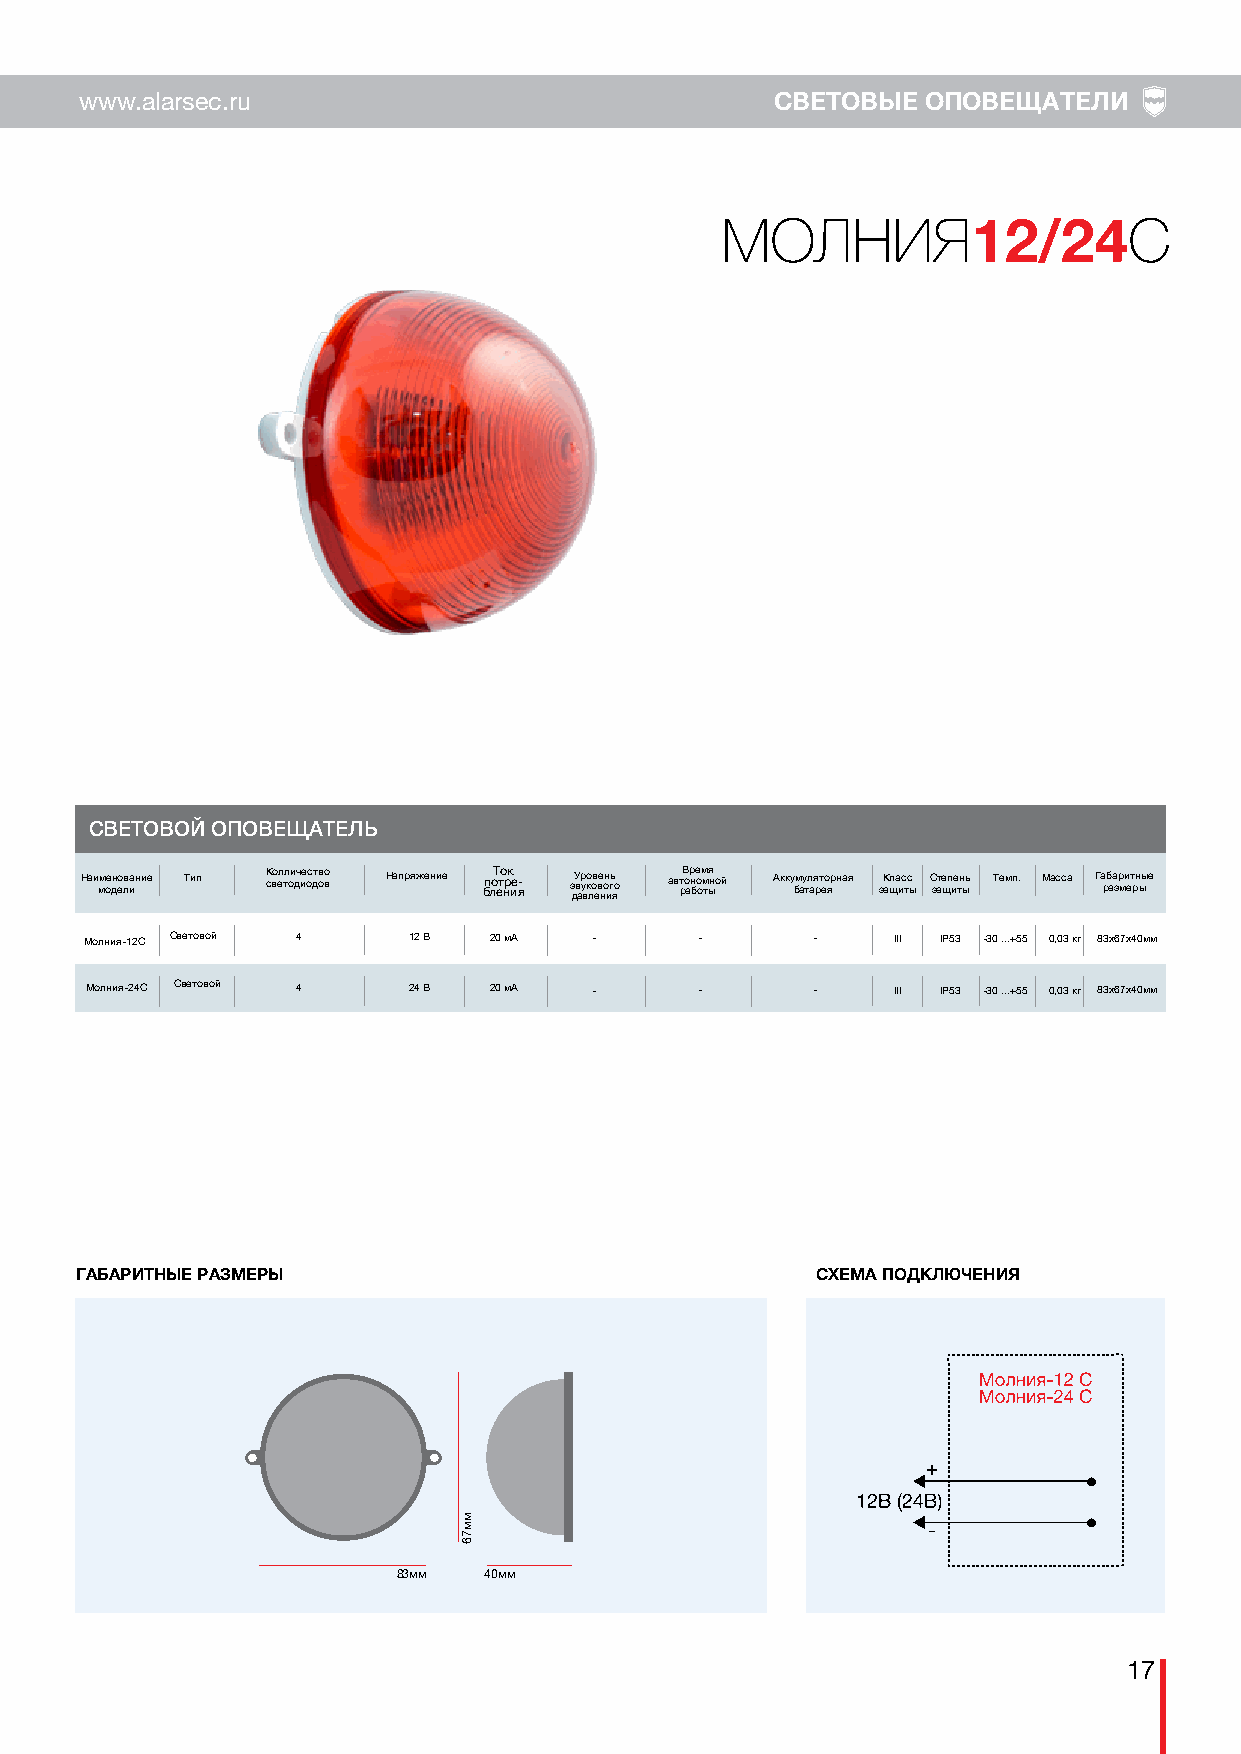
www.alarsec.ru                                СВЕТОВЫЕ  ОПОВЕЩАТЕЛИ
 МОЛНИЯ                     С
 12/24
 СВЕТОВОЙ ОПОВЕЩАТЕЛЬ
 Наи мм ое дн ео лв иание Тип К сво ел тл ои дч ие ос дт ово в Напряжение бп лоТ ето нрк ие я- з дУ в ар у вко лов еве нон игь яо авт рВ о ар н бе о ом м тя ыной Акку бм ау тл ая рт ео ярная зК ащла ис тс ы С зате щп ие тн ыь Темп. Масса Га рб аа зр ми ет рн ыые
 Молния-12C Световой 4 12 В 20 мА -      -       -    III IP53 -30 ...+55 0,03 кг 83х67x40мм
 Молния-24C Световой 4 24 В 20 мА -      -       -    III IP53 -30 ...+55 0,03 кг 83х67x40мм
 ГАБАРИТНЫЕ РАЗМЕРЫ                               СХЕМА ПОДКЛЮЧЕНИЯ
 +
 -
 83мм  40мм
 17
 мм76